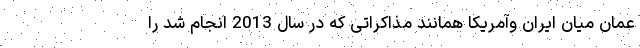
عمان میان ایران وآمریکا همانند مذاکراتی که در سال 2013 انجام شد را